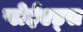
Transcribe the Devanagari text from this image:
प्लेईएड्स